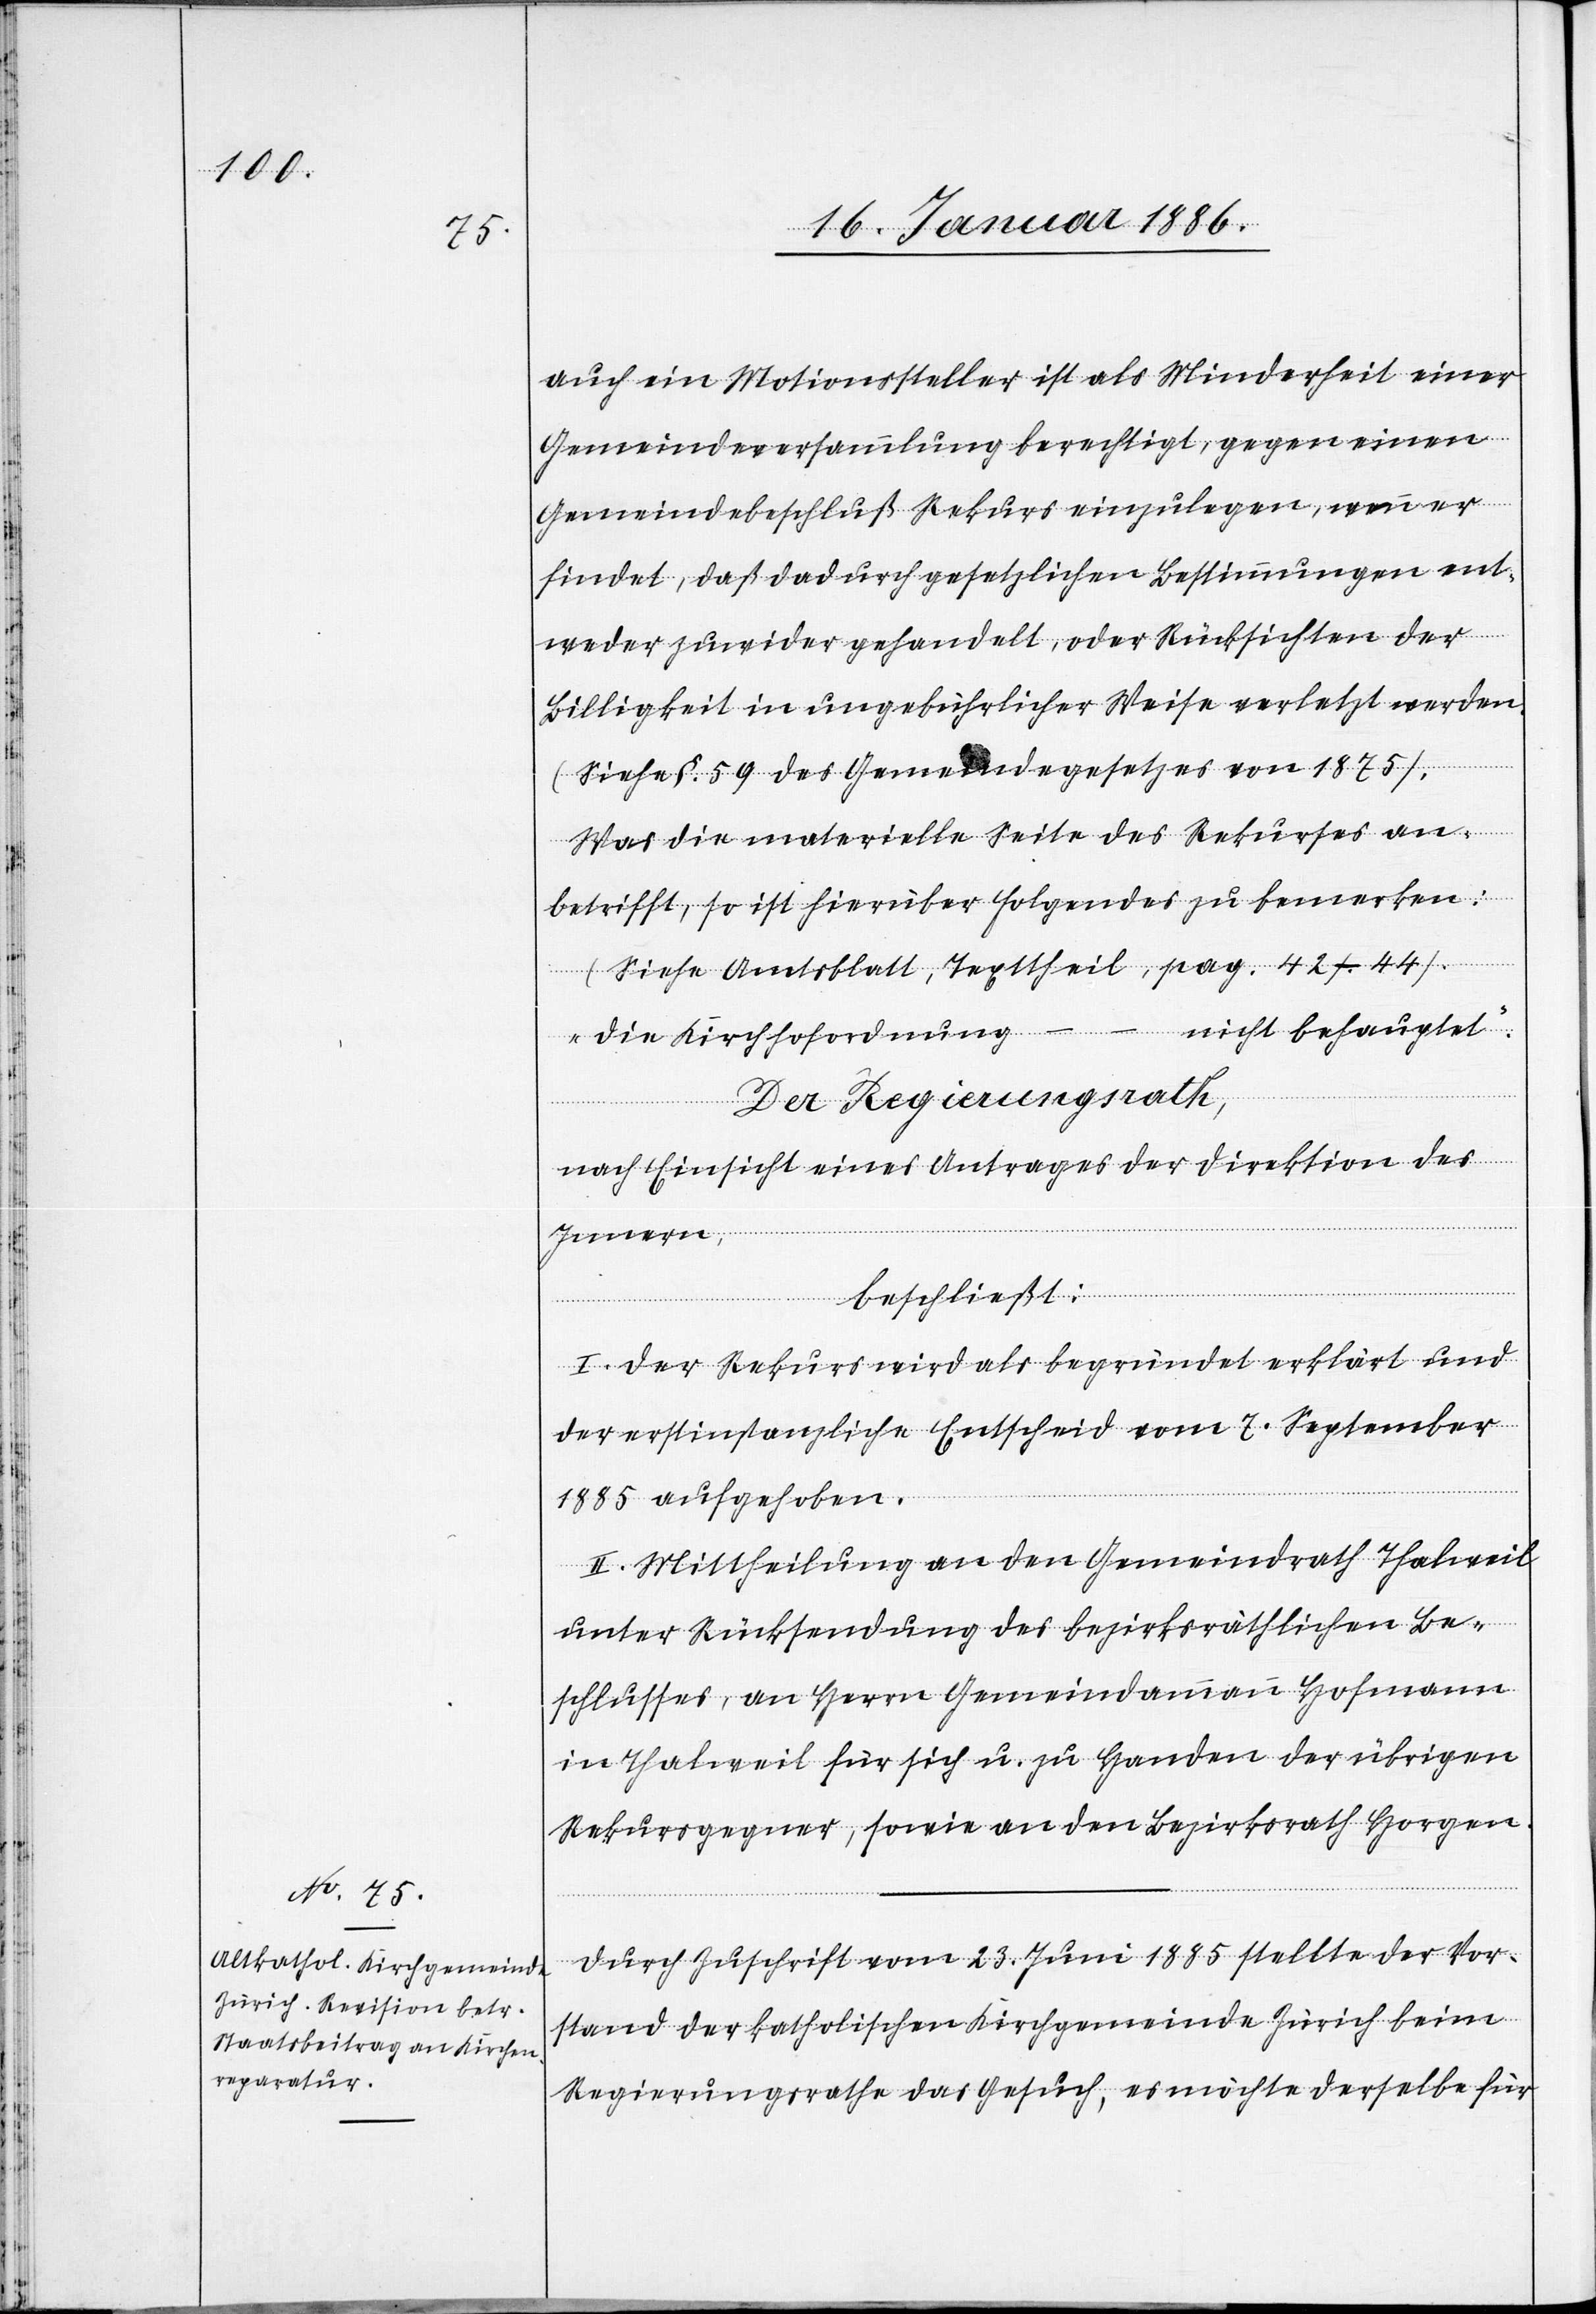
auch ein Motionssteller ist als Minderheit einer
Gemeindeversammlung berechtigt, gegen einen
Gemeindebeschluß Rekurs einzulegen, wenn er
findet, daß dadurch gesetzlichen Bestimmungen ent¬
weder zuwider gehandelt, oder Rücksichten der
Billigkeit in ungebührlicher Weise verletzt werden
(Siehe §. 59 des Gemeindegesetzes von 1875).
Was die materielle Seite des Rekurses an¬
betrifft, so ist hierüber folgendes zu bemerken:
– –
(Siehe Amtsblatt, Texttheil, pag. 42–44).
nicht behauptet.“
„Die Kirchhofordnung
Der Regierungsrath,
nach Einsicht eines Antrages der Direktion des
Innern,
beschließt:
I. Der Rekurs wird als begründet erklärt und
der erstinstanzliche Entscheid vom 7. September
1885 aufgehoben.
II. Mittheilung an den Gemeindrath Thalweil
unter Rücksendung des bezirksräthlichen Be¬
schlusses, an Herrn Gemeindeammann Hofmann
in Thalweil für sich u. zu Handen der übrigen
Rekursgegner, sowie an den Bezirksrath Horgen.
Durch Zuschrift vom 23. Juni 1885 stellte der Vor¬
stand der katholischen Kirchgemeinde Zürich beim
Regierungsrathe das Gesuch, es möchte derselbe für